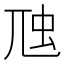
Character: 虺